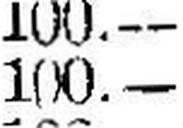
100.—